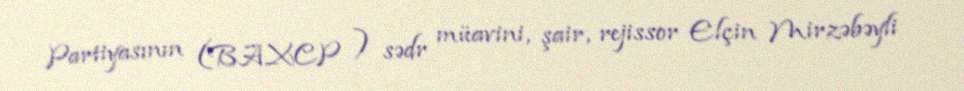
Partiyasının (BAXCP ) sədr müavini, şair, rejissor Elçin Mirzəbəyli